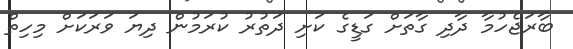
ބާރަޖެހުމާ ދާދި ގާތަށް ގަޑީގެ ކަށި ދަތުރު ކުރަމުން ދިޔަ ވަރަކަށް މިހިތް